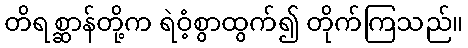
တိရစ္ဆာန်တို့က ရဲဝံ့စွာထွက်၍ တိုက်ကြသည်။